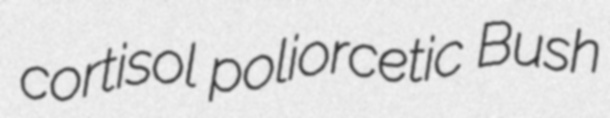
cortisol poliorcetic Bush